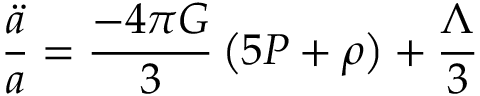
\frac { \ddot { a } } { a } = \frac { - 4 \pi G } { 3 } \left( 5 P + \rho \right) + \frac { \Lambda } { 3 }